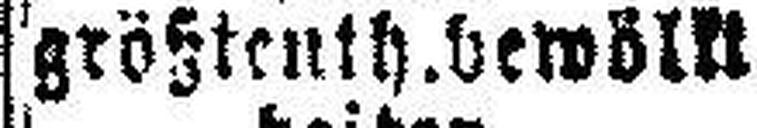
größtenth.bewölkt